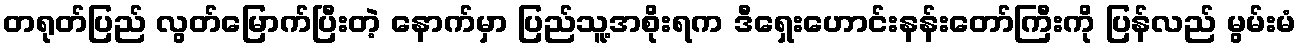
တရုတ်ပြည် လွတ်မြောက်ပြီးတဲ့ နောက်မှာ ပြည်သူ့အစိုးရက ဒီရှေးဟောင်းနန်းတော်ကြီးကို ပြန်လည် မွမ်းမံ